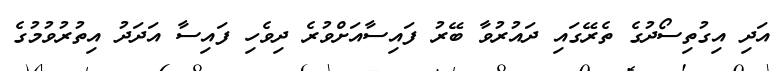
އަދި އިގުތިސޯދުގެ ތެރޭގައި ދައުރުވާ ބޭރު ފައިސާއަށްވުރެ ދިވެހި ފައިސާ އަދަދު އިތުރުވުމުގެ